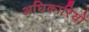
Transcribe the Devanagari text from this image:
अघिकारियों